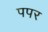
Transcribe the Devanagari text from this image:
पपर